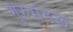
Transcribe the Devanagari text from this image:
गुरुमंडल